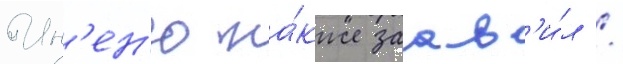
Ин'ен'ю та́кже заав'и́л /